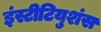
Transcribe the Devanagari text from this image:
इंस्टीटियुशंस